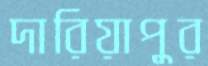
দারিয়াপুর